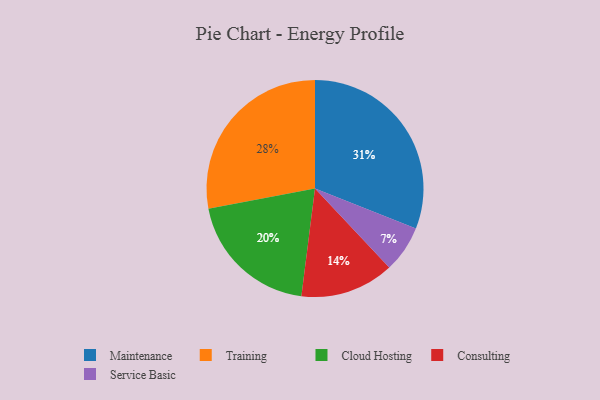
{"axis": {"x": "Category", "y": "Percentage"}, "legend": ["Cloud Hosting", "Consulting", "Maintenance", "Service Basic", "Training"], "data": [{"x": "Training", "y": 28, "type": "Training"}, {"x": "Maintenance", "y": 31, "type": "Maintenance"}, {"x": "Cloud Hosting", "y": 20, "type": "Cloud Hosting"}, {"x": "Service Basic", "y": 7, "type": "Service Basic"}, {"x": "Consulting", "y": 14, "type": "Consulting"}]}